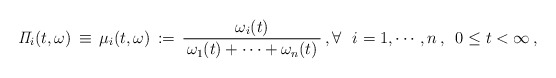
\begin{align*}{\it \Pi}_i(t,\omega)\,\equiv \, {\mu}_i(t,\omega)\,:=\, \frac{\omega_i(t)}{ \,\omega_1(t) + \cdots + \omega_n(t)\,} \,, \forall \,\,\,\, i=1, \cdots, n\,, \,\,\,0 \le t<\infty\,,\end{align*}